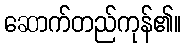
ဆောက်တည်ကုန်၏။